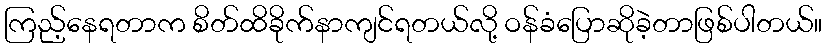
ကြည့်နေရတာက စိတ်ထိခိုက်နာကျင်ရတယ်လို့ ဝန်ခံပြောဆိုခဲ့တာဖြစ်ပါတယ်။